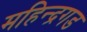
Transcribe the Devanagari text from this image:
महिन्द्रगड